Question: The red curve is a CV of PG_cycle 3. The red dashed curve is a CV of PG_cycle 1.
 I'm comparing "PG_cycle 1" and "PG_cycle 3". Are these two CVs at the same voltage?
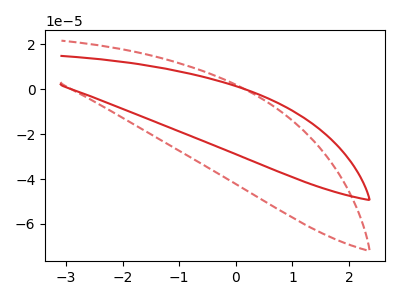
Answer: <think>The red curve "PG_cycle 3" has no peaks. The red dashed curve "PG_cycle 1" has no peaks.
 Neither "PG_cycle 1" or "PG_cycle 3" have any peaks.</think>
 <answer>"PG_cycle 1" and "PG_cycle 3" are similar in shape.</answer>
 <eval>same_shape</eval>